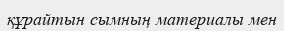
құрайтын сымның материалы мен